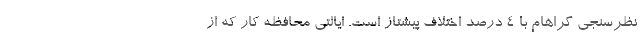
نظرسنجی گراهام با 4 درصد اختلاف پیشتاز است. ایالتی محافظه کار که از